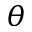
\boldsymbol { \theta }